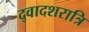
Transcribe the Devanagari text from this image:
द्वादशरात्रि